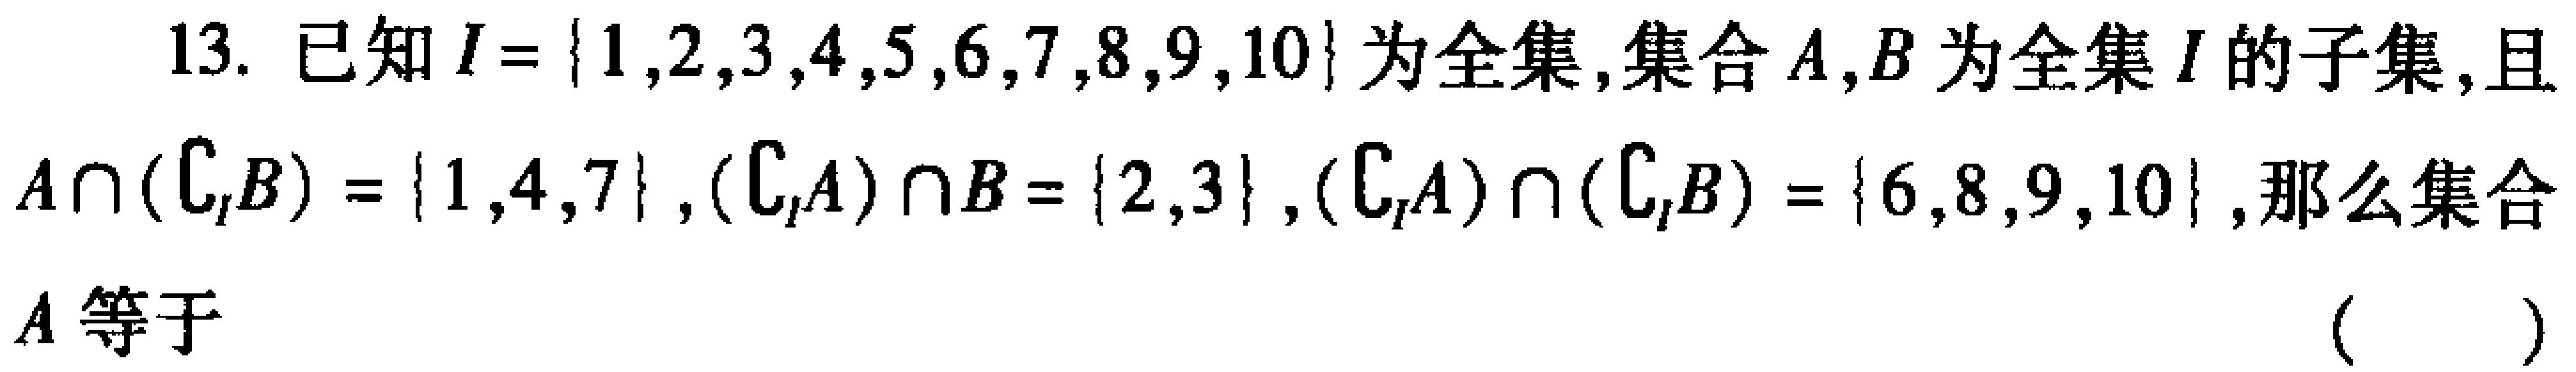
13. 已知\(I = \{1,2,3,4,5,6,7,8,9,10\}\)为全集，集合\(A,B\)为全集\(I\)的子集，且\(A\cap (\complement_{I}B)=\{1,4,7\}\)，\((\complement_{I}A)\cap B = \{2,3\}\)，\((\complement_{I}A)\cap (\complement_{I}B)=\{6,8,9,10\}\)，那么集合\(A\)等于 （  ）